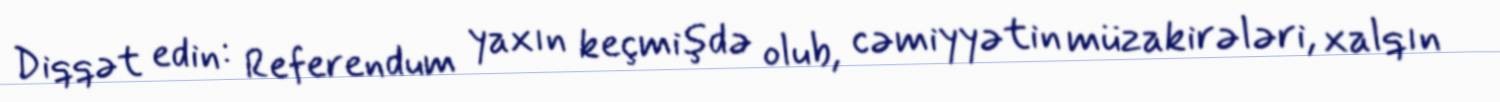
Diqqət edin: Referendum yaxın keçmişdə olub, cəmiyyətin müzakirələri, xalqın